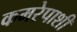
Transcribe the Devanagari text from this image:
कमरेपाशी